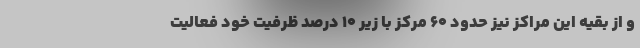
و از بقیه این مراکز نیز حدود ۶۰ مرکز با زیر ۱۰ درصد ظرفیت خود فعالیت